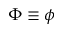
\Phi \equiv \phi